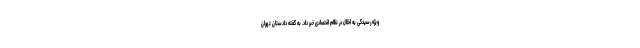
ویژه رسیدگی به اخلال در نظام اقتصادی خبر داد. به گفته دادستان تهران